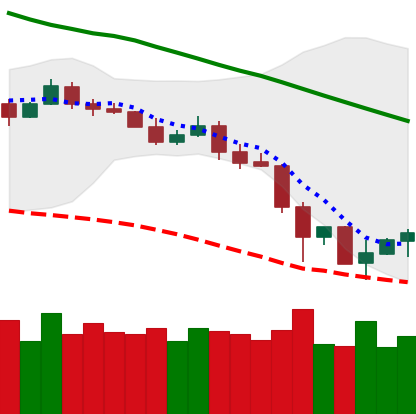
Ticker: LTC-USD
Chart end date: 2019-11-27
Forward return: -4.565%
Label: down_3_5